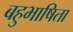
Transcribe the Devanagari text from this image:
बहुभाषिता